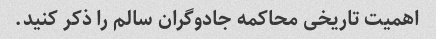
اهمیت تاریخی محاکمه جادوگران سالم را ذکر کنید.